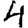
Digit: 4